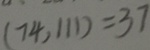
( 7 4 , 1 1 1 ) = 3 7